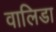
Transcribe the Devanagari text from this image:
वालिडा